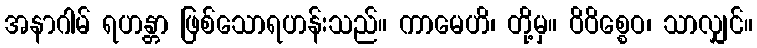
အနာဂါမ် ရဟန္တာ ဖြစ်သောရဟန်းသည်။ ကာမေဟိ၊ တို့မှ။ ဝိဝိစ္စေဝ၊ သာလျှင်။